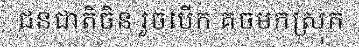
ជនជាតិចិន រួចបើក គចមកស្រុក